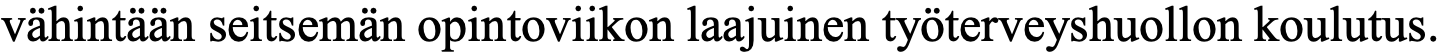
vähintään seitsemän opintoviikon laajuinen työterveyshuollon koulutus.